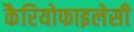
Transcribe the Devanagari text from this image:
कैरियोफाइलेसी